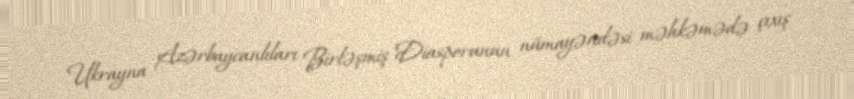
Ukrayna Azərbaycanlıları Birləşmiş Diasporunun nümayəndəsi məhkəmədə çıxış